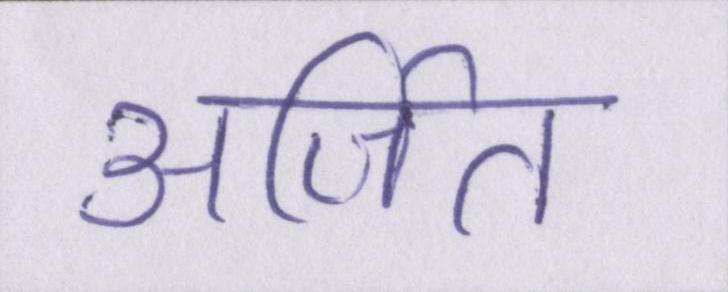
अर्जित